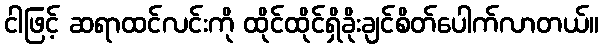
ငါဖြင့် ဆရာထင်လင်းကို ထိုင်ထိုင်ရှိခိုးချင်စိတ်ပေါက်လာတယ်။